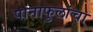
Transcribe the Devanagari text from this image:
पानाफुलांचा